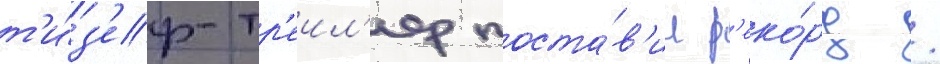
т'и́з'ер-тр'еил'ер поста́в'ил р'еко́рд /